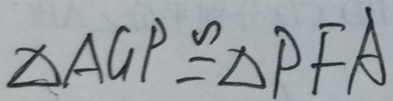
\Delta A G P \cong \Delta P F A